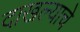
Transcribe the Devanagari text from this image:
दाखल्याचे